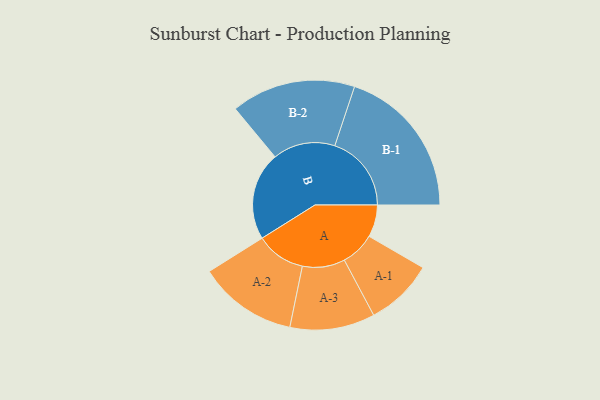
{"axis": {"x": "Segment", "y": "Value"}, "legend": ["", "A", "B"], "data": [{"x": "A", "y": 119, "type": ""}, {"x": "B", "y": 326, "type": ""}, {"x": "A-1", "y": 126, "type": "A"}, {"x": "A-2", "y": 183, "type": "A"}, {"x": "A-3", "y": 157, "type": "A"}, {"x": "B-1", "y": 283, "type": "B"}, {"x": "B-2", "y": 230, "type": "B"}]}